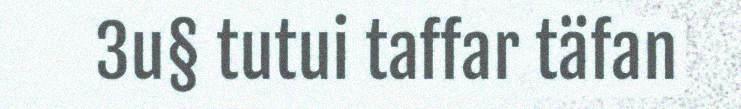
3u§ tutui taffar täfan